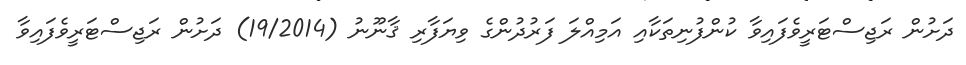
ދަށުން ރަޖިސްޓަރީވެފައިވާ ކުންފުނިތަކާއި އަމިއްލަ ފަރުދުންގެ ވިޔަފާރި ޤާނޫނު (19/2014) ދަށުން ރަޖިސްޓަރީވެފައިވާ